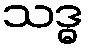
သဒ္ဓ